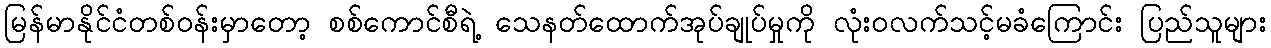
မြန်မာနိုင်ငံတစ်ဝန်းမှာတော့ စစ်ကောင်စီရဲ့ သေနတ်ထောက်အုပ်ချုပ်မှုကို လုံးဝလက်သင့်မခံကြောင်း ပြည်သူများ